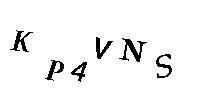
KP4VNS